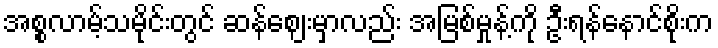
အစ္စလာမ့်သမိုင်းတွင် ဆန်ဈေးမှာလည်း အမြစ်မှုန့်ကို ဦးရန်နောင်စိုးက